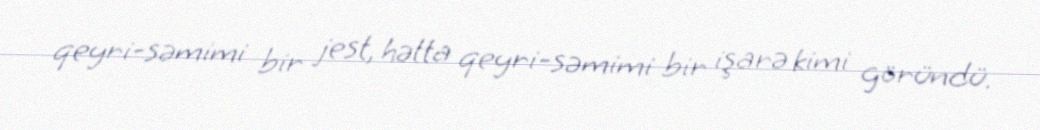
qeyri-səmimi bir jest, hətta qeyri-səmimi bir işarə kimi göründü.